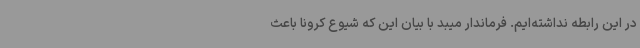
در این رابطه نداشته‌ایم. فرماندار میبد با بیان این که شیوع کرونا باعث